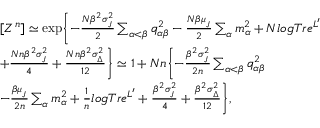
\begin{array} { r l } & { [ Z ^ { n } ] \simeq \exp \Biggl \{ - \frac { N \beta ^ { 2 } \sigma _ { _ { J } } ^ { 2 } } { 2 } \sum _ { \alpha < \beta } q _ { \alpha \beta } ^ { 2 } - \frac { N \beta \mu _ { _ { J } } } { 2 } \sum _ { \alpha } m _ { \alpha } ^ { 2 } + N l o g T r e ^ { L ^ { \prime } } } \\ & { + \frac { N n \beta ^ { 2 } \sigma _ { _ { J } } ^ { 2 } } { 4 } + \frac { N n \beta ^ { 2 } \sigma _ { _ { \Delta } } ^ { 2 } } { 1 2 } \Biggr \} \simeq 1 + N n \Biggl \{ - \frac { \beta ^ { 2 } \sigma _ { _ { J } } ^ { 2 } } { 2 n } \sum _ { \alpha < \beta } q _ { \alpha \beta } ^ { 2 } } \\ & { - \frac { \beta \mu _ { _ { J } } } { 2 n } \sum _ { \alpha } m _ { \alpha } ^ { 2 } + \frac { 1 } { n } l o g T r e ^ { L ^ { \prime } } + \frac { \beta ^ { 2 } \sigma _ { _ { J } } ^ { 2 } } { 4 } + \frac { \beta ^ { 2 } \sigma _ { _ { \Delta } } ^ { 2 } } { 1 2 } \Biggr \} , } \end{array}